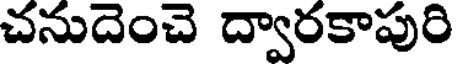
చనుదెంచె ద్వారకాపురి